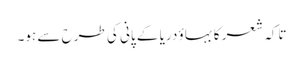
تاکہ شعر کا بہاؤ دریا کے پانی کی طرح سے ہو۔